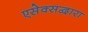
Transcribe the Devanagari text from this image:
एसेक्सद्वारा